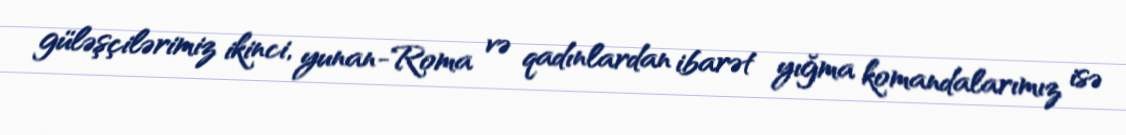
güləşçilərimiz ikinci, yunan-Roma və qadınlardan ibarət yığma komandalarımız isə